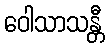
ဝေါသာသန္တီ